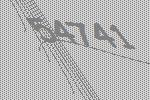
54741